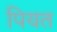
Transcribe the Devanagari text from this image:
पियत